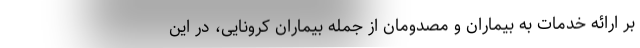
بر ارائه خدمات به بیماران و مصدومان از جمله بیماران کرونایی، در این